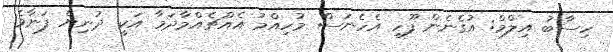
ހިސާބު އިލްމް: އުގެނެން ފޫހި އެހެނަސް މުހިއްމު އެއްޗެއްމާދަމާ އަކީ ދުނިޔެ ފަނާވެ